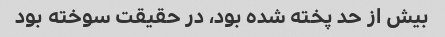
بیش از حد پخته شده بود، در حقیقت سوخته بود